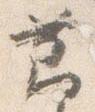
節